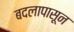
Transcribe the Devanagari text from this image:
बदलापासून